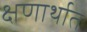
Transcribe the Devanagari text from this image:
क्षणार्थात